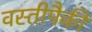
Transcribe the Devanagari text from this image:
वस्तीपैकी